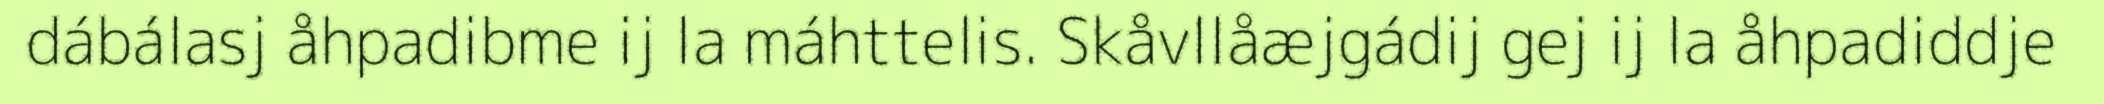
dábálasj åhpadibme ij la máhttelis. Skåvllåæjgádij gej ij la åhpadiddje